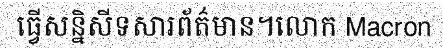
ធ្វើសន្និសីទសារព័ត៌មាន។លោក Macron